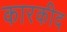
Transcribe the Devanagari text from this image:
कारकीद